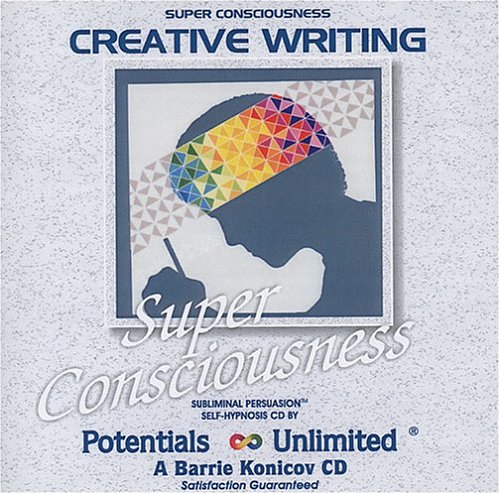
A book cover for Creative Writing (Super Consciousness); Barrie Konicov; Self-Help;